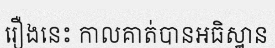
រឿងនេះ កាលគាត់បានអធិស្ឋាន